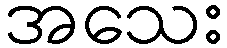
အသေး